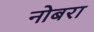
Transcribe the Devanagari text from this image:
नोबरा